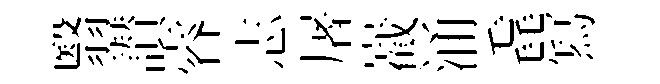
翳讃睿志屠嶻涌毳冩